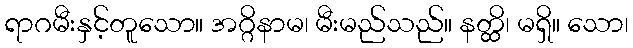
ရာဂမီးနှင့်တူသော။ အဂ္ဂိနာမ၊ မီးမည်သည်။ နတ္ထိ၊ မရှိ။ သော၊